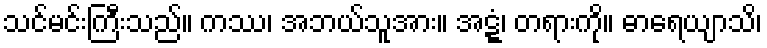
သင်မင်းကြီးသည်။ ကဿ၊ အဘယ်သူအား။ အဋ္ဋံ၊ တရားကို။ ဓာရေယျာသိ၊